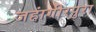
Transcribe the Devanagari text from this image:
जहांगीरपुरा